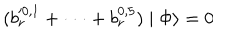
LaTeX: ( b _ { r } ^ { \prime 0 , 1 } + \cdot \cdot \cdot + b _ { r } ^ { 0 , 5 } ) \mid \Phi \rangle = 0